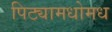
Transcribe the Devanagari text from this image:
पिट्यामधोमध